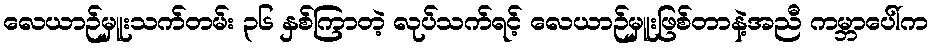
လေယာဉ်မှူးသက်တမ်း ၃၆ နှစ်ကြာတဲ့ လုပ်သက်ရင့် လေယာဉ်မှူးဖြစ်တာနဲ့အညီ ကမ္ဘာပေါ်က